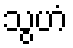
သွဟံ